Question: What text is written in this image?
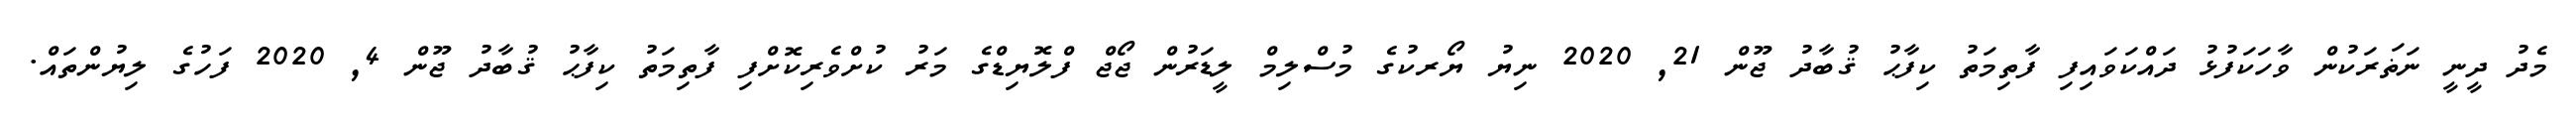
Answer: މެދު ދީނީ ނަޡަރަކުން ވާހަކަފުޅު ދައްކަވައިފި ފާތިމަތު ކިފާޙު ޤުބާދު ޖޫން 21, 2020 ނިޔު ޔޯރކުގެ މުސްލިމް ލީޑަރުން ޖޯޖް ފްލޮޔިޑްގެ މަރު ކުށްވެރިކޮށްފި ފާތިމަތު ކިފާޙު ޤުބާދު ޖޫން 4, 2020 ފަހުގެ ލިޔުންތައް.